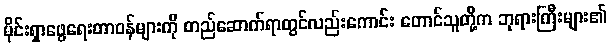
မိုင်းရှာဖွေရေးတာဝန်များကို တည်ဆောက်ရာတွင်လည်းကောင်း တောင်သူတို့က ဘုရားကြီးများ၏